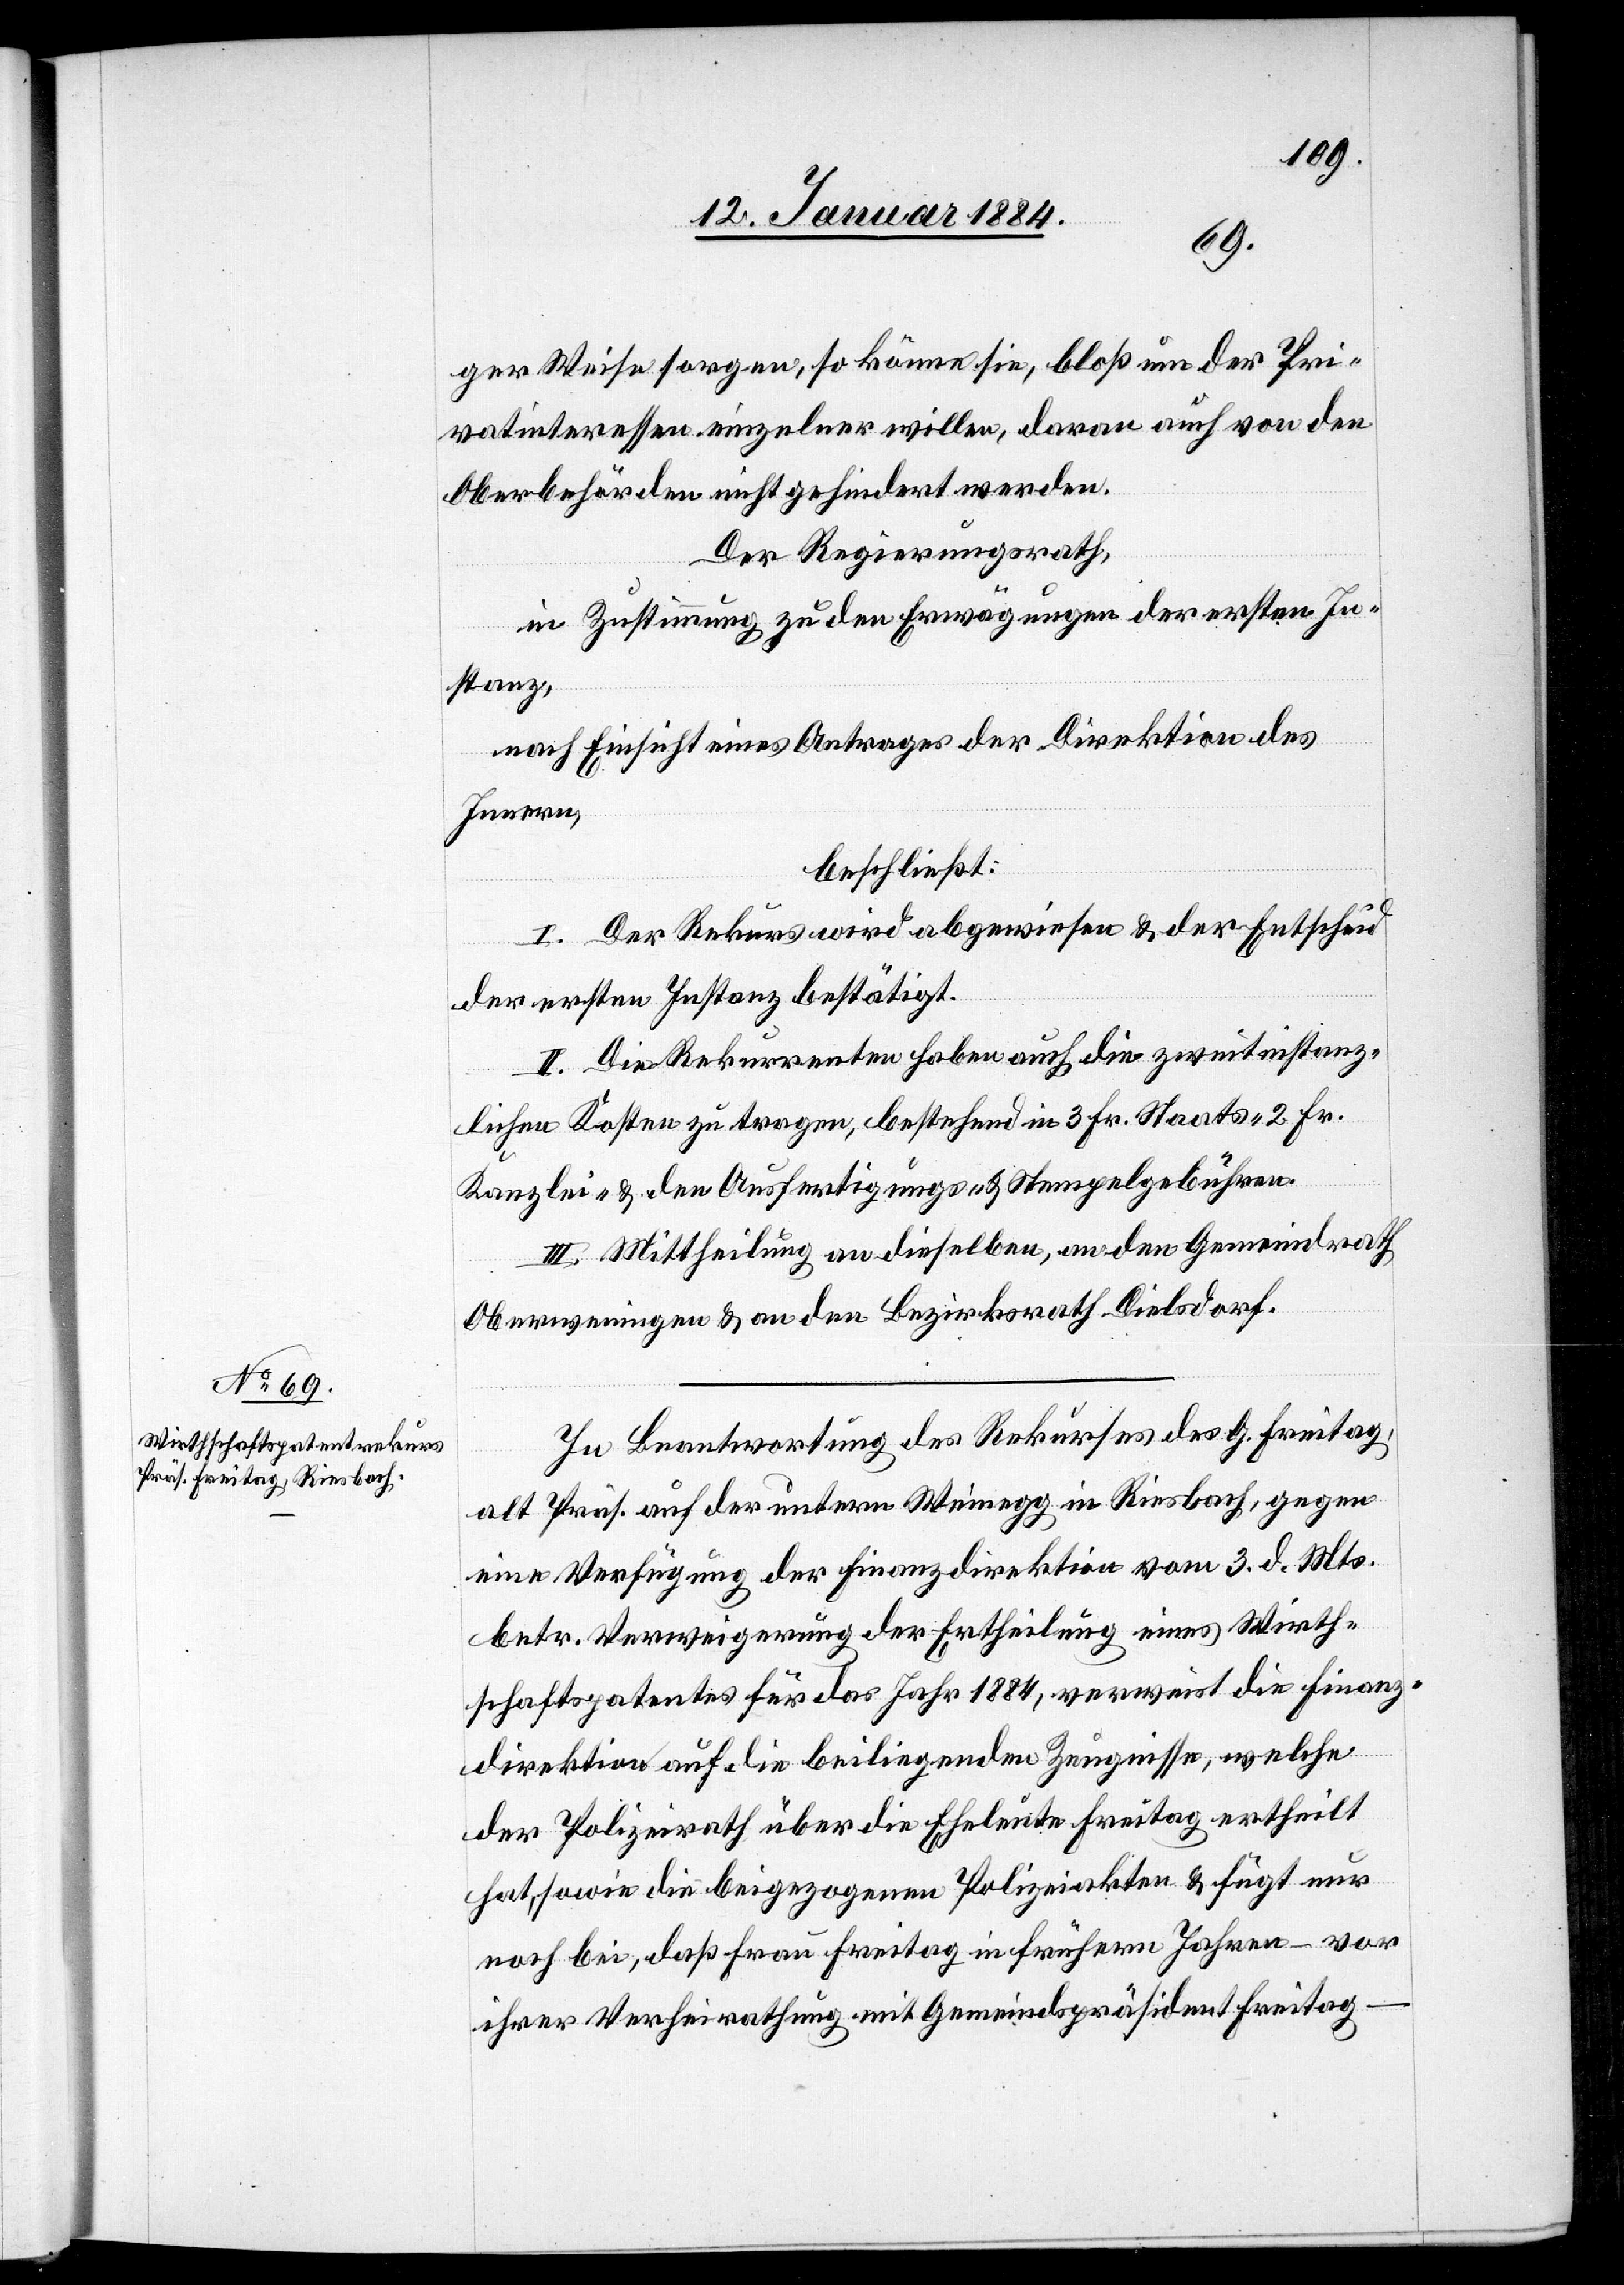
ger Weise sorgen, so könnte sie, bloß um der Pri¬
vatinteressen einzelner willen, daran auch von den
Oberbehörden nicht gehindert werden.
Der Regierungsrath,
in Zustimmung zu den Erwägungen der ersten In¬
stanz,
nach Einsicht eines Antrages der Direktion des
Innern,
beschließt:
I. Der Rekurs wird abgewiesen & der Entscheid
der ersten Instanz bestätigt.
II. Die Rekurrenten haben auch die zweitinstanz¬
lichen Kosten zu tragen, bestehend in 3 Fr. Staats- 2 Fr.
Kanzlei- & den Ausfertigungs- & Stempelgebühren.
III. Mittheilung an dieselben, an den Gemeindrath
Oberweningen & an den Bezirksrath Dielsdorf.
In Beantwortung des Rekurses des G. Freitag,
alt Präs. auf der untern Weinegg in Riesbach, gegen
eine Verfügung der Finanzdirektion vom 3. d. Mts.
betr. Verweigerung der Ertheilung eines Wirth¬
schaftspatentes für das Jahr 1884, verweist die Finanz¬
direktion auf die beiliegenden Zeugnisse, welche
der Polizeirath über die Eheleute Freitag ertheilt
hat, sowie die beigezogenen Polizeiakten & fügt nur
noch bei, daß Frau Freitag in frühern Jahren – vor
ihrer Verheirathung mit Gemeindepräsident Freitag